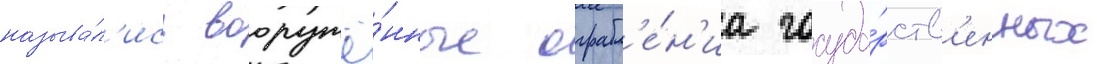
называ́л'ись вооружё́нные ограбл'е́н'иа госуда́рств'енных